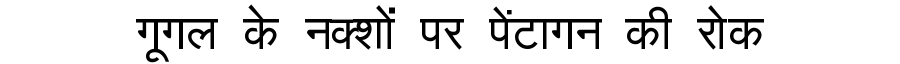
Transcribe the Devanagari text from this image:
गूगल के नक्शों पर पेंटागन की रोक